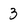
Character: 3